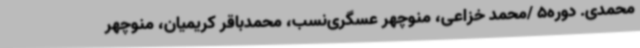
محمدی. دوره5 /محمد خزاعی، منوچهر عسگری‌نسب، محمدباقر کریمیان، منوچهر